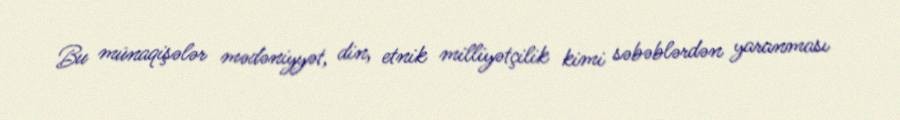
Bu münaqişələr mədəniyyət, din, etnik milliyətçilik kimi səbəblərdən yaranması